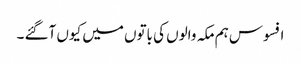
افسوس ہم مکہ والوں کی باتوں میں کیوں آگئے ۔